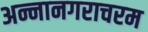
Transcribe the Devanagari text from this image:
अन्नानगराचरम